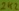
Text: 2k2